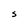
Character: S